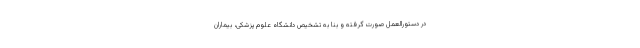
در دستورالعمل صورت گرفته و بنا به تشخیص دانشگاه علوم پزشکی، بیماران